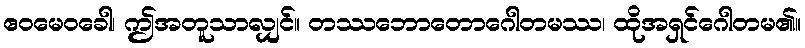
ဧဝမေဝခေါ၊ ဤအတူသာလျှင်။ တဿဘောတောဂေါတမဿ၊ ထိုအရှင်ဂေါတမ၏။